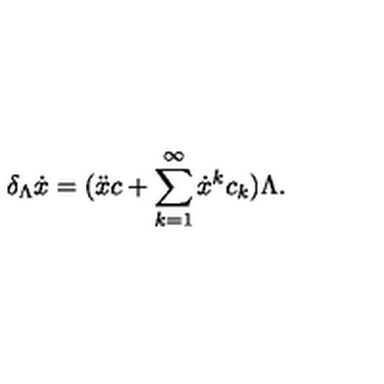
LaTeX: \delta _ { \Lambda } \dot { x } = ( \ddot { x } c + \sum _ { k = 1 } ^ { \infty } \dot { x } ^ { k } c _ { k } ) \Lambda .